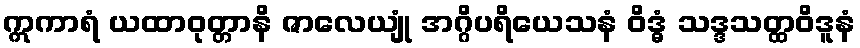
ဣကာရံ ယထာဝုတ္တာနိ ဇာလေယျုံ အဂ္ဂိပရိယေသနံ ဝိဒ္ဓံ သဒ္ဒသတ္ထဝိဒူနံ